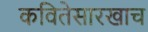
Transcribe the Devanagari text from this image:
कवितेसारखाच